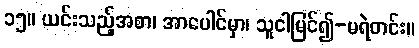
၁၅။ ယင်းသည့်အစာ၊ အာပေါင်မှာ၊ သူငါမြင်၍-မရဲတင်း။